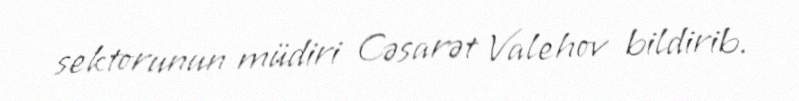
sektorunun müdiri Cəsarət Valehov bildirib.